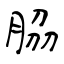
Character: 𦚰